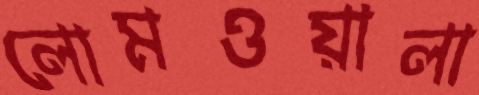
লোমওয়ালা